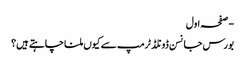
- صفحہ اول
بورس جانسن ڈونلڈ ٹرمپ سے کیوں ملنا چاہتے ہیں؟